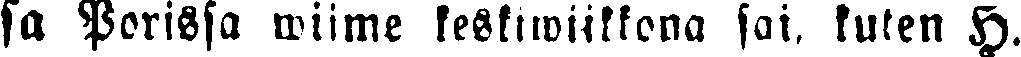
sa Porissa wiime keskiwiikkona sai, kuten H.